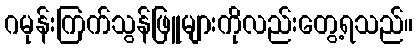
ဂမုန်းကြက်သွန်ဖြူများကိုလည်းတွေ့ရသည်။